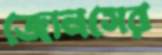
জোনসের